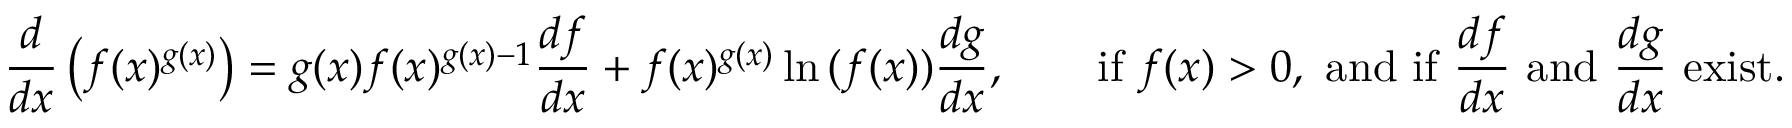
{ \frac { d } { d x } } \left( f ( x ) ^ { g ( x ) } \right) = g ( x ) f ( x ) ^ { g ( x ) - 1 } { \frac { d f } { d x } } + f ( x ) ^ { g ( x ) } \ln { ( f ( x ) ) } { \frac { d g } { d x } } , \qquad { \mathrm { i f ~ } } f ( x ) > 0 , { \mathrm { ~ a n d ~ i f ~ } } { \frac { d f } { d x } } { \mathrm { ~ a n d ~ } } { \frac { d g } { d x } } { \mathrm { ~ e x i s t . } }